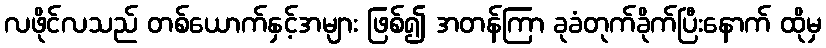
လဖိုင်လသည် တစ်ယောက်နှင့်အများ ဖြစ်၍ အတန်ကြာ ခုခံတုက်ခိုက်ပြီးနောက် ထိုမှ